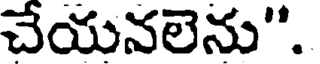
చేయనలెను".